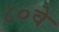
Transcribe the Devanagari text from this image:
८०वे